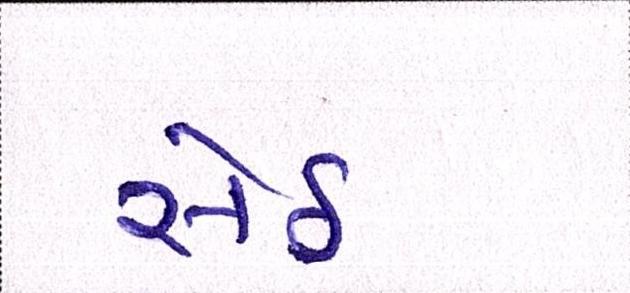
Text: સેઠ